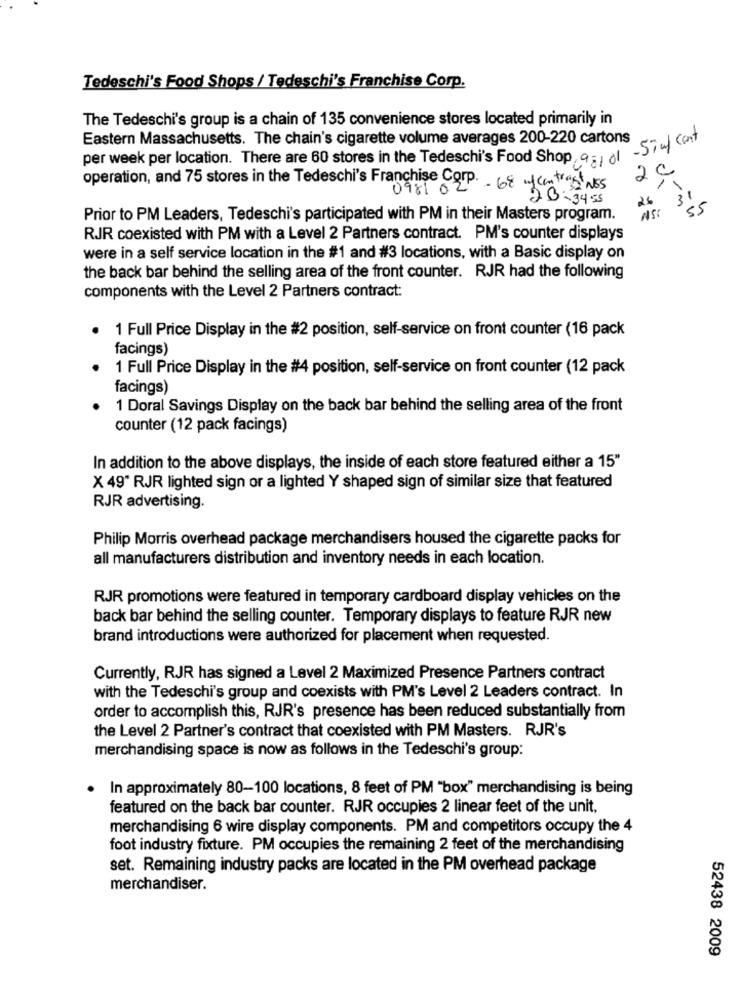
Tedeschi's Food Shops / Tedeschi's Franchise Corp.
The Tedeschi's group is a chain of 135 convenience stores located primarily in
Eastern Massachusetts. The chain's cigarette volume averages 200-220 cartons
per week per location. There are 60 stores in the Tedeschi's Food Shop, 9:1 1 -57m
2C
operation, and 75 stores in the Tedeschi's Franchise Corp .- 68 m/contrast NES
0981 02
23: 34 55
26
31
NS :
Prior to PM Leaders, Tedeschi's participated with PM in their Masters program.
RJR coexisted with PM with a Level 2 Partners contract. PM's counter displays
were in a self service location in the #1 and #3 locations, with a Basic display on
the back bar behind the selling area of the front counter. RJR had the following
components with the Level 2 Partners contract:
1 Full Price Display in the #2 position, self-service on front counter (16 pack
facings)
1 Full Price Display in the #4 position, self-service on front counter (12 pack
facings)
1 Doral Savings Display on the back bar behind the selling area of the front
counter (12 pack facings)
In addition to the above displays, the inside of each store featured either a 15"
X 49" RJR lighted sign or a lighted Y shaped sign of similar size that featured
RJR advertising.
Philip Morris overhead package merchandisers housed the cigarette packs for
all manufacturers distribution and inventory needs in each location.
RJR promotions were featured in temporary cardboard display vehicles on the
back bar behind the selling counter. Temporary displays to feature RJR new
brand introductions were authorized for placement when requested.
Currently, RJR has signed a Level 2 Maximized Presence Partners contract
with the Tedeschi's group and coexists with PM's Level 2 Leaders contract. In
order to accomplish this, RJR's presence has been reduced substantially from
the Level 2 Partner's contract that coexisted with PM Masters. RJR's
merchandising space is now as follows in the Tedeschi's group:
In approximately 80-100 locations, 8 feet of PM "box" merchandising is being
featured on the back bar counter. RJR occupies 2 linear feet of the unit,
merchandising 6 wire display components. PM and competitors occupy the 4
foot industry fixture. PM occupies the remaining 2 feet of the merchandising
set. Remaining industry packs are located in the PM overhead package
merchandiser.
52438 2009